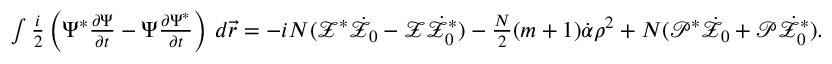
\begin{array} { r } { \int \frac { i } { 2 } \left( \Psi ^ { * } \frac { \partial \Psi } { \partial t } - \Psi \frac { \partial \Psi ^ { * } } { \partial t } \right) \, d \vec { r } = - i N ( \mathcal { Z } ^ { * } \dot { \mathcal { Z } _ { 0 } } - \mathcal { Z } \dot { \mathcal { Z } _ { 0 } ^ { * } } ) - \frac { N } { 2 } ( m + 1 ) \dot { \mathcal { \alpha } } \rho ^ { 2 } + N ( \mathcal { P } ^ { * } \dot { \mathcal { Z } _ { 0 } } + \mathcal { P } \dot { \mathcal { Z } _ { 0 } ^ { * } } ) . } \end{array}